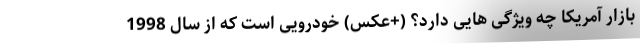
بازار آمریکا چه ویژگی هایی دارد؟ (+عکس) خودرویی است که از سال 1998